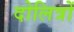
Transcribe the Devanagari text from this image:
दोलित्रों